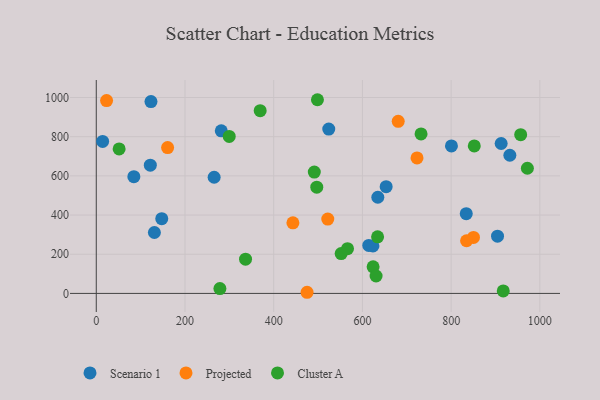
{"axis": {"x": "Speed", "y": "Yield"}, "legend": ["Cluster A", "Projected", "Scenario 1"], "data": [{"x": "265.7", "y": 592.9, "type": "Scenario 1"}, {"x": "904.6", "y": 292.3, "type": "Scenario 1"}, {"x": "653.5", "y": 545.0, "type": "Scenario 1"}, {"x": "634.7", "y": 490.7, "type": "Scenario 1"}, {"x": "147.6", "y": 381.5, "type": "Scenario 1"}, {"x": "123.3", "y": 979.2, "type": "Scenario 1"}, {"x": "281.8", "y": 830.1, "type": "Scenario 1"}, {"x": "614.3", "y": 244.8, "type": "Scenario 1"}, {"x": "623.7", "y": 242.3, "type": "Scenario 1"}, {"x": "121.8", "y": 654.5, "type": "Scenario 1"}, {"x": "524.1", "y": 839.0, "type": "Scenario 1"}, {"x": "932.4", "y": 705.3, "type": "Scenario 1"}, {"x": "84.7", "y": 595.7, "type": "Scenario 1"}, {"x": "14.3", "y": 775.7, "type": "Scenario 1"}, {"x": "131.0", "y": 311.0, "type": "Scenario 1"}, {"x": "834.1", "y": 407.2, "type": "Scenario 1"}, {"x": "912.8", "y": 765.1, "type": "Scenario 1"}, {"x": "800.7", "y": 752.9, "type": "Scenario 1"}, {"x": "850.4", "y": 285.7, "type": "Projected"}, {"x": "160.8", "y": 744.3, "type": "Projected"}, {"x": "680.7", "y": 878.3, "type": "Projected"}, {"x": "443.3", "y": 360.3, "type": "Projected"}, {"x": "834.8", "y": 268.7, "type": "Projected"}, {"x": "723.1", "y": 691.3, "type": "Projected"}, {"x": "475.2", "y": 5.8, "type": "Projected"}, {"x": "23.2", "y": 984.1, "type": "Projected"}, {"x": "521.9", "y": 379.4, "type": "Projected"}, {"x": "497.1", "y": 542.3, "type": "Cluster A"}, {"x": "634.2", "y": 289.0, "type": "Cluster A"}, {"x": "278.7", "y": 24.8, "type": "Cluster A"}, {"x": "732.2", "y": 813.8, "type": "Cluster A"}, {"x": "624.1", "y": 135.7, "type": "Cluster A"}, {"x": "956.8", "y": 810.4, "type": "Cluster A"}, {"x": "299.7", "y": 801.2, "type": "Cluster A"}, {"x": "852.2", "y": 752.9, "type": "Cluster A"}, {"x": "971.9", "y": 638.8, "type": "Cluster A"}, {"x": "491.5", "y": 619.3, "type": "Cluster A"}, {"x": "630.8", "y": 88.9, "type": "Cluster A"}, {"x": "336.5", "y": 174.8, "type": "Cluster A"}, {"x": "51.5", "y": 737.4, "type": "Cluster A"}, {"x": "369.5", "y": 932.7, "type": "Cluster A"}, {"x": "498.6", "y": 988.6, "type": "Cluster A"}, {"x": "552.1", "y": 203.4, "type": "Cluster A"}, {"x": "917.5", "y": 12.8, "type": "Cluster A"}, {"x": "566.4", "y": 228.1, "type": "Cluster A"}]}